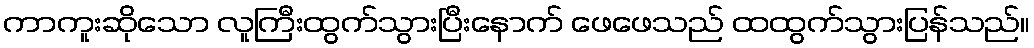
ကာကူးဆိုသော လူကြီးထွက်သွားပြီးနောက် ဖေဖေသည် ထထွက်သွားပြန်သည်။